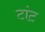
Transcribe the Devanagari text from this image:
टांट